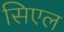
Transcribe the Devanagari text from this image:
सिएल